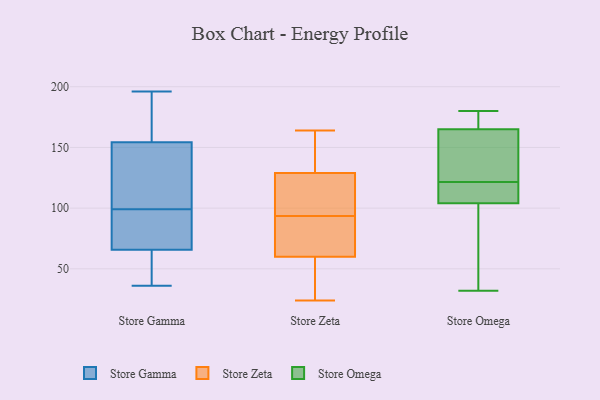
{"axis": {"x": "Revenue (USD Million)", "y": "Value"}, "legend": ["Store Gamma", "Store Omega", "Store Zeta"], "data": [{"x": "", "y": 99, "type": "Store Gamma"}, {"x": "", "y": 190, "type": "Store Gamma"}, {"x": "", "y": 36, "type": "Store Gamma"}, {"x": "", "y": 188, "type": "Store Gamma"}, {"x": "", "y": 140, "type": "Store Gamma"}, {"x": "", "y": 96, "type": "Store Gamma"}, {"x": "", "y": 37, "type": "Store Gamma"}, {"x": "", "y": 143, "type": "Store Gamma"}, {"x": "", "y": 196, "type": "Store Gamma"}, {"x": "", "y": 91, "type": "Store Gamma"}, {"x": "", "y": 62, "type": "Store Gamma"}, {"x": "", "y": 67, "type": "Store Gamma"}, {"x": "", "y": 112, "type": "Store Gamma"}, {"x": "", "y": 30, "type": "Store Zeta"}, {"x": "", "y": 125, "type": "Store Zeta"}, {"x": "", "y": 158, "type": "Store Zeta"}, {"x": "", "y": 129, "type": "Store Zeta"}, {"x": "", "y": 24, "type": "Store Zeta"}, {"x": "", "y": 65, "type": "Store Zeta"}, {"x": "", "y": 118, "type": "Store Zeta"}, {"x": "", "y": 99, "type": "Store Zeta"}, {"x": "", "y": 88, "type": "Store Zeta"}, {"x": "", "y": 161, "type": "Store Zeta"}, {"x": "", "y": 69, "type": "Store Zeta"}, {"x": "", "y": 164, "type": "Store Zeta"}, {"x": "", "y": 59, "type": "Store Zeta"}, {"x": "", "y": 60, "type": "Store Zeta"}, {"x": "", "y": 165, "type": "Store Omega"}, {"x": "", "y": 180, "type": "Store Omega"}, {"x": "", "y": 177, "type": "Store Omega"}, {"x": "", "y": 32, "type": "Store Omega"}, {"x": "", "y": 141, "type": "Store Omega"}, {"x": "", "y": 104, "type": "Store Omega"}, {"x": "", "y": 78, "type": "Store Omega"}, {"x": "", "y": 68, "type": "Store Omega"}, {"x": "", "y": 128, "type": "Store Omega"}, {"x": "", "y": 110, "type": "Store Omega"}, {"x": "", "y": 115, "type": "Store Omega"}, {"x": "", "y": 113, "type": "Store Omega"}, {"x": "", "y": 169, "type": "Store Omega"}, {"x": "", "y": 151, "type": "Store Omega"}]}